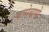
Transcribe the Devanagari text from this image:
चप्पेचप्पे